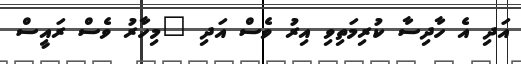
އަދި އެ ހާދިސާ ކުރިމަތިވި އިރު ވެސް އަދި "މިހާރު ވެސް ރައީސް